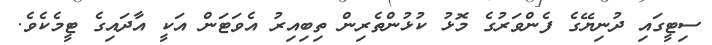
ސިޓީގައި ދުނިޔޭގެ ފެންވަރުގެ މޮޅު ކުޅުންތެރިން ތިބިއިރު އެވަޓަން އަކީ އާދައިގެ ޓީމެެކެވެ.